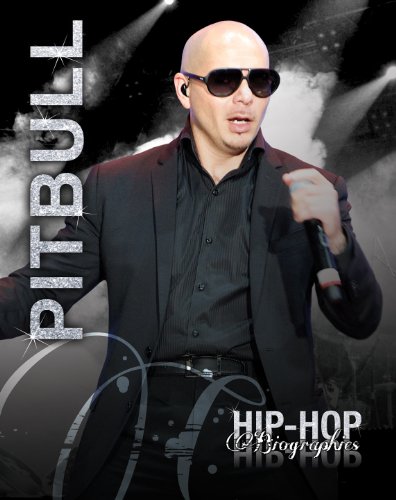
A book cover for Pitbull (Hip-Hop Biographies); Saddleback Educational Publishing; Teen & Young Adult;